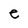
Character: e